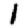
Digit: 1